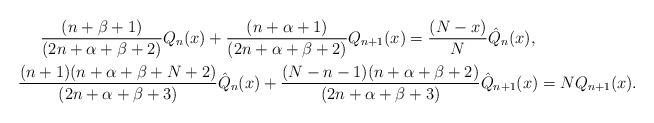
LaTeX: \begin{gather*} \frac{(n+\beta+1)}{(2n+\alpha+\beta+2)} Q_n(x) +\frac{(n+\alpha+1)}{(2n+\alpha+\beta+2)} Q_{n+1}(x)= \frac{(N-x)}{N} \hat Q_n(x) , \\ \frac{(n+1)(n+\alpha+\beta+N+2)}{(2n+\alpha+\beta+3)} \hat Q_n(x) + \frac{(N-n-1)(n+\alpha+\beta+2)}{(2n+\alpha+\beta+3)} \hat Q_{n+1}(x)= N Q_{n+1}(x) .\end{gather*}